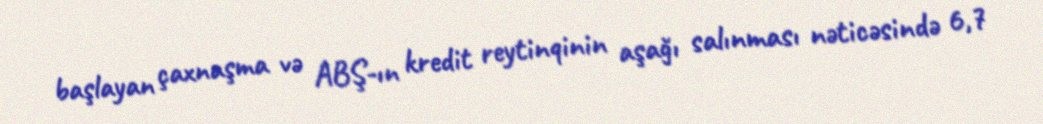
başlayan çaxnaşma və ABŞ-ın kredit reytinqinin aşağı salınması nəticəsində 6,7